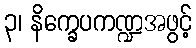
၃၊ နိက္ခေပကဏ္ဍအဖွင့်